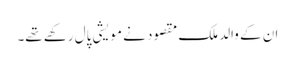
ان کے والد ملک مقصود نے مویشی پال رکھے تھے۔